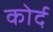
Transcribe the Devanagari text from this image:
कोर्द